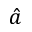
\hat { a }